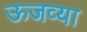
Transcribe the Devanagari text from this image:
ऊजव्या